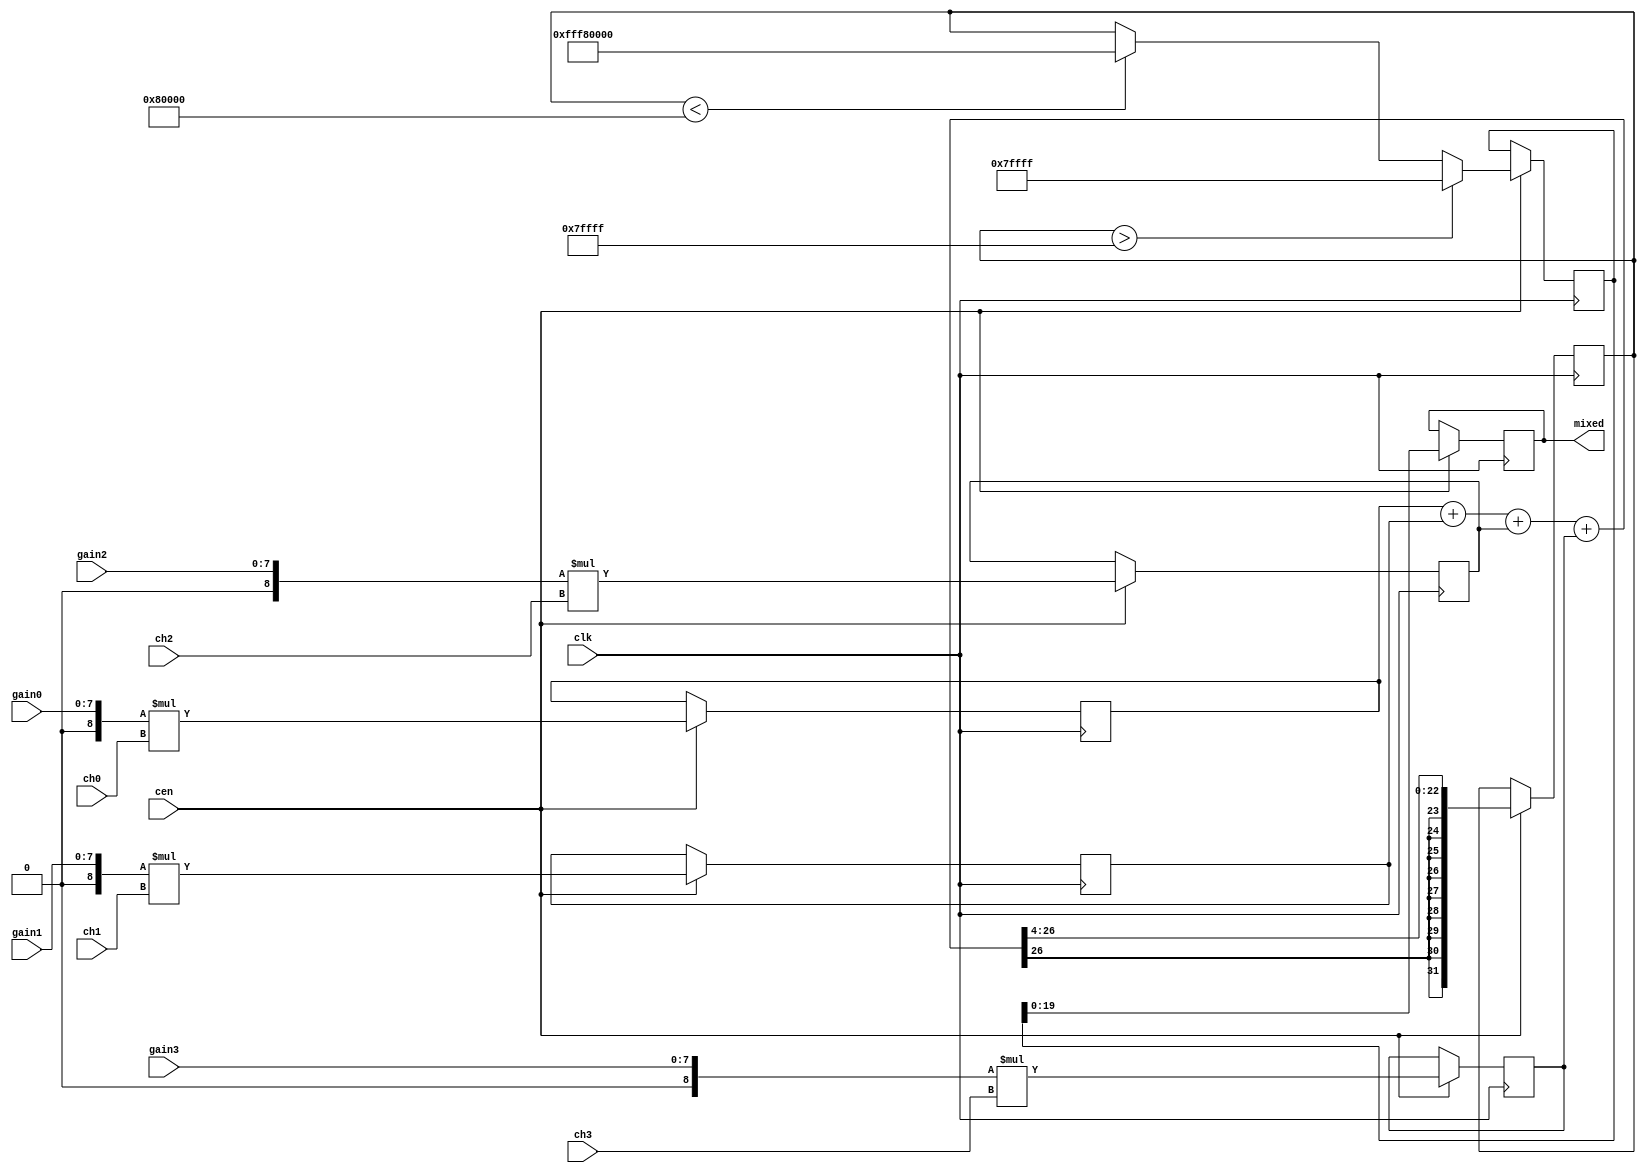
/* This file is part of JT12.

 
    JT12 program is free software: you can redistribute it and/or modify
    it under the terms of the GNU General Public License as published by
    the Free Software Foundation, either version 3 of the License, or
    (at your option) any later version.

    JT12 program is distributed in the hope that it will be useful,
    but WITHOUT ANY WARRANTY; without even the implied warranty of
    MERCHANTABILITY or FITNESS FOR A PARTICULAR PURPOSE.  See the
    GNU General Public License for more details.

    You should have received a copy of the GNU General Public License
    along with JT12.  If not, see <http://www.gnu.org/licenses/>.

    Author: Jose Tejada Gomez. Twitter: @topapate
    Version: 1.0
    Date: 11-12-2018
    
    Each channel can use the full range of the DAC as they do not
    get summed in the real chip.

    Operator data is summed up without adding extra bits. This is
    the case of real YM3438, which was used on Megadrive 2 models.

*/

// Generic mixer
// wout should be larger or equal than any input (w0,w1,w2,w3)

module jt12_mixer #(parameter w0=16,w1=16,w2=16,w3=16,wout=20)
(
    input                    clk,
    input                    cen,
    // input signals
    input  signed [w0-1:0]   ch0,
    input  signed [w1-1:0]   ch1,
    input  signed [w2-1:0]   ch2,
    input  signed [w3-1:0]   ch3,
    // gain for each channel in 4.4 fixed point format
    input  [7:0]             gain0,
    input  [7:0]             gain1,
    input  [7:0]             gain2,
    input  [7:0]             gain3,
    output reg signed [wout-1:0] mixed
);

reg signed [w0+7:0] ch0_amp;
reg signed [w1+7:0] ch1_amp;
reg signed [w2+7:0] ch2_amp;
reg signed [w3+7:0] ch3_amp;

// rescale to wout+4+8
wire signed [wout+11:0] scaled0 = { {wout+4-w0{ch0_amp[w0+7]}}, ch0_amp   };
wire signed [wout+11:0] scaled1 = { {wout+4-w1{ch1_amp[w1+7]}}, ch1_amp   };
wire signed [wout+11:0] scaled2 = { {wout+4-w2{ch2_amp[w2+7]}}, ch2_amp   };
wire signed [wout+11:0] scaled3 = { {wout+4-w3{ch3_amp[w3+7]}}, ch3_amp   };

reg signed [wout+11:0] sum, limited;

wire signed [wout+11:0] max_pos = { {12{1'b0}}, {(wout-1){1'b1}}};

wire signed [8:0]
    g0 = {1'b0, gain0},
    g1 = {1'b0, gain1},
    g2 = {1'b0, gain2},
    g3 = {1'b0, gain3};

// Apply gain
always @(posedge clk) if(cen) begin
    ch0_amp <= g0 * ch0;
    ch1_amp <= g1 * ch1;
    ch2_amp <= g2 * ch2;
    ch3_amp <= g3 * ch3;

    // divides by 16 to take off the decimal part and leave only
    // the integer part
    sum     <= (scaled0 + scaled1 + scaled2 + scaled3)>>>4;
    limited <= sum>max_pos ? max_pos : (sum<~max_pos ? ~max_pos : sum);
    mixed   <= limited[wout-1:0];
end

endmodule // jt12_mixer